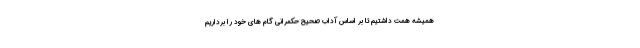
همیشه همت داشتیم تا بر اساس آداب صحیح حکمرانی گام های خود را برداریم